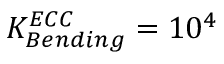
K _ { B e n d i n g } ^ { E C C } = 1 0 ^ { 4 }